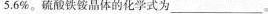
5.6%。硫酸铁铵晶体的化学式为___。